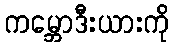
ကမ္ဘောဒီးယားကို